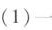
（1） 一